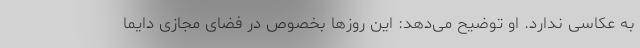
به عکاسی ندارد. او توضیح می‌دهد: این روزها بخصوص در فضای مجازی دایما